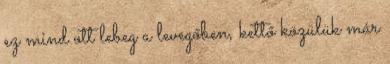
ez mind ott lebeg a levegőben, kettő közülük már